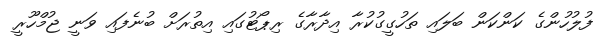
ފުލުހުންގެ ކަންކަން ބަލައި ތަހުގީގުކުރާ އިދާރާގެ ރިޕޯޓުގައި އިތުރަށް ބުނެފައި ވަނީ ޖުމްހޫރީ